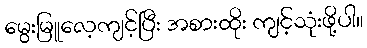
မွေးမြူလေ့ကျင့်ပြီး အစားထိုး ကျင့်သုံးဖို့ပါ။